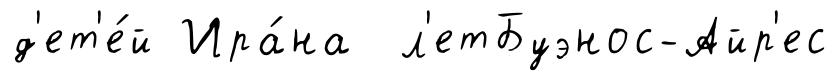
д'ет'е́й Ира́на л'етБуэнос-Айр'ес